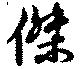
傑